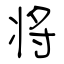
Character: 将